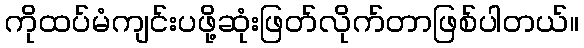
ကိုထပ်မံကျင်းပဖို့ဆုံးဖြတ်လိုက်တာဖြစ်ပါတယ်။